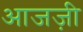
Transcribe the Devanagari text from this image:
आजज़ी